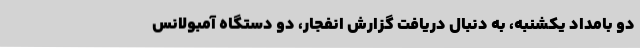
دو بامداد یکشنبه، به دنبال دریافت گزارش انفجار، دو دستگاه آمبولانس